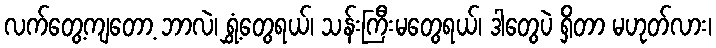
လက်တွေ့ကျတော့ ဘာလဲ၊ ရွှံ့တွေရယ်၊ သန်းကြီးမတွေရယ်၊ ဒါတွေပဲ ရှိတာ မဟုတ်လား၊